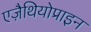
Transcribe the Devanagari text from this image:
एज़ैथियोप्राइन